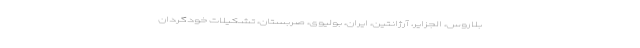
بلاروس، الجزایر، آرژانتین، ایران، بولیوی، صربستان، تشکیلات خودگردان